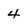
Character: 4